Sketch of the medical history of the native army of Bombay, for the year
Year: 1870
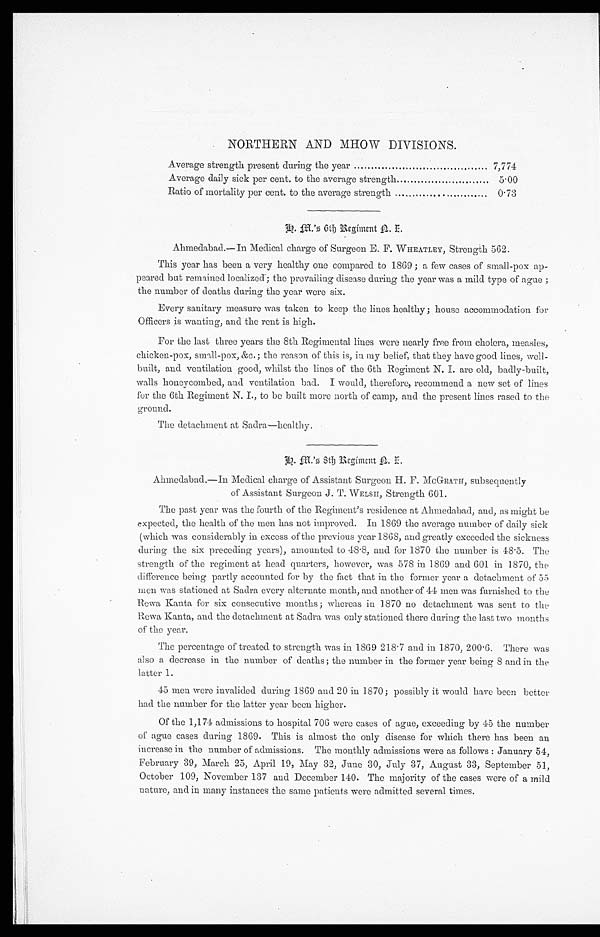
NORTHERN AND MHOW DIVISIONS.
Average strength present during the year ......................................... 7,774
Average daily sick per cent. to the average strength.........................
5.00
Ratio of mortality per cent. to the average strength..........................
0.73
K . M . ' s 6 t h R e g i m e n t N . I
.
Ahmedabad.—In Medical charge of Surgeon E. F. WHEATLEY, Strength 562.
This year has been a very healthy one compared to 1869 ; a few cases of small-pox ap
- p e a r e d b u t r e m a i n e d l o c a l i z e d ; t h e p r e v a i l i n g d i s e a s e d u r i n g t h e y e a r w a s a m i l d t y p e o f a g u e ;
the number of deaths during the year were six.
Every sanitary measure was taken to keep the lines healthy ; house accommodation for
Officers is wanting, and the rent is high.
For the last three years the 8th Regimental lines were nearly free from cholera, measles,
chicken-pox, small-pox, &c.; the reason of this is, in my belief, that they have good lines, well-
built, and ventilation good, whilst the lines of the 6th Regiment N. I. are old, badly-built,
walls honeycombed, and ventilation bad. I would, therefore, recommend a new set of lines
for the 6th Regiment N. I., to be built more north of camp, and the present lines rased to the
ground.
The detachment at Sadra—healthy.
Ahmedabad.—In Medical charge of Assistant Surgeon H. F. McGRATH, subsequently
of Assistant Surgeon J. T. WELSH, Strength 601.
The past year was the fourth of the Regiment's residence at Ahmedabad, and, as might be
expected, the health of the men has not improved. In 1869 the average number of daily sick
(which was considerably in excess of the previous year 1868, and greatly exceeded the sickness
during the six preceding years), amounted to 48.8, and for 1870 the number is 48.5. The
strength of the regiment at head quarters, however, was 578 in 1869 and 601 in 1870, the
difference being partly accounted for by the fact that in the former year a detachment of 55
men was stationed at Sadra every alternate month, and another of 44 men was furnished to the
Rewa Kanta for six consecutive months ; whereas in 1870 no detachment was sent to the
Rewa Kanta, and the detachment at Sadra was only stationed there during the last two months
of the year.
The percentage of treated to strength was in 1869 218.7 and in 1870, 200.6. There was
also a decrease in the number of deaths; the number in the former year being 8 and in the
latter 1.
45 men were invalided during 1869 and 20 in 1870 ; possibly it would have been better
had the number for the latter year been higher.
Of the 1,174 admissions to hospital 706 were cases of ague, exceeding by 45 the number
of ague cases during 1869. This is almost the only disease for which there has been an
increase in the number of admissions. The monthly admissions were as follows : January 54,
February 39, March 25, April 19, May 32, June 30, July 37, August 33, September 51,
October 109, November 137 and December 140. The majority of the cases were of a mild
nature, and in many instances the same patients were admitted several times.